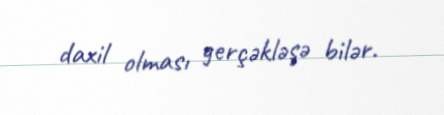
daxil olması gerçəkləşə bilər.